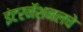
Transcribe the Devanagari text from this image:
इंटरनॅशनलचे